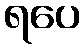
ရပေ